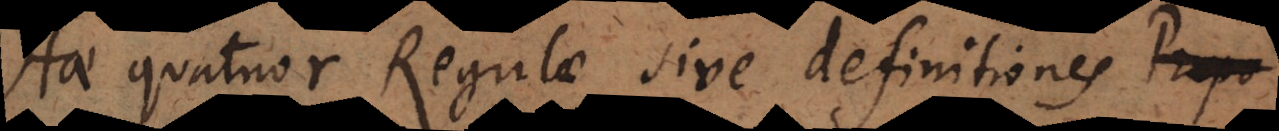
Hae quatuor Regulae sive definitiones